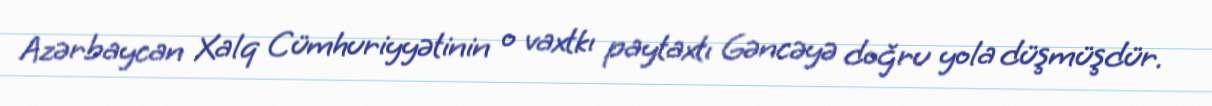
Azərbaycan Xalq Cümhuriyyətinin o vaxtkı paytaxtı Gəncəyə doğru yola düşmüşdür.